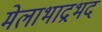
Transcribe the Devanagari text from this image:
मेलाभाद्रभद